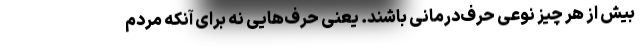
بیش از هر چیز نوعی حرف‌درمانی باشند. یعنی حرف‌هایی نه برای آنکه مردم